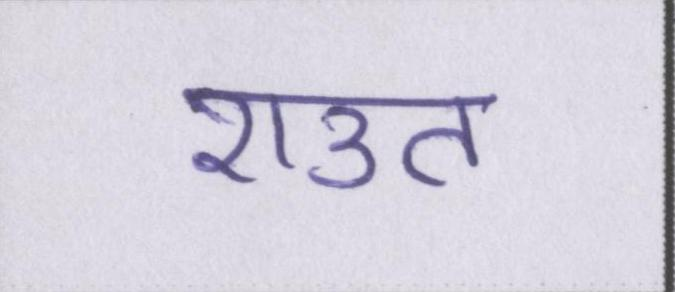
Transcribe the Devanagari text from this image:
राउत